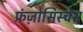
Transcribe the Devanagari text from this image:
फ्रंज़ोसिस्चेस